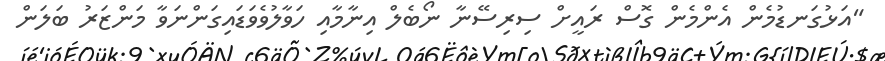
"އަޅުގަނޑުމެން އެންމެން ގޮސް ރައީށް ސިރިސޭނާ ނޯބެލް އިނާމާއި ހަވާލުވެވަޑައިގަންނަވާ މަންޒަރު ބަލަން